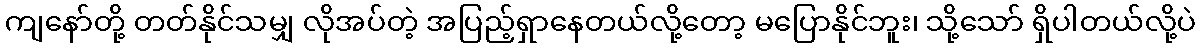
ကျနော်တို့ တတ်နိုင်သမျှ လိုအပ်တဲ့ အပြည့်ရှာနေတယ်လို့တော့ မပြောနိုင်ဘူး၊ သို့သော် ရှိပါတယ်လို့ပဲ